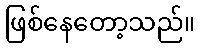
ဖြစ်နေတော့သည်။